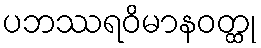
ပဘဿရဝိမာနဝတ္ထု